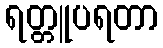
ရတ္တူပရတာ